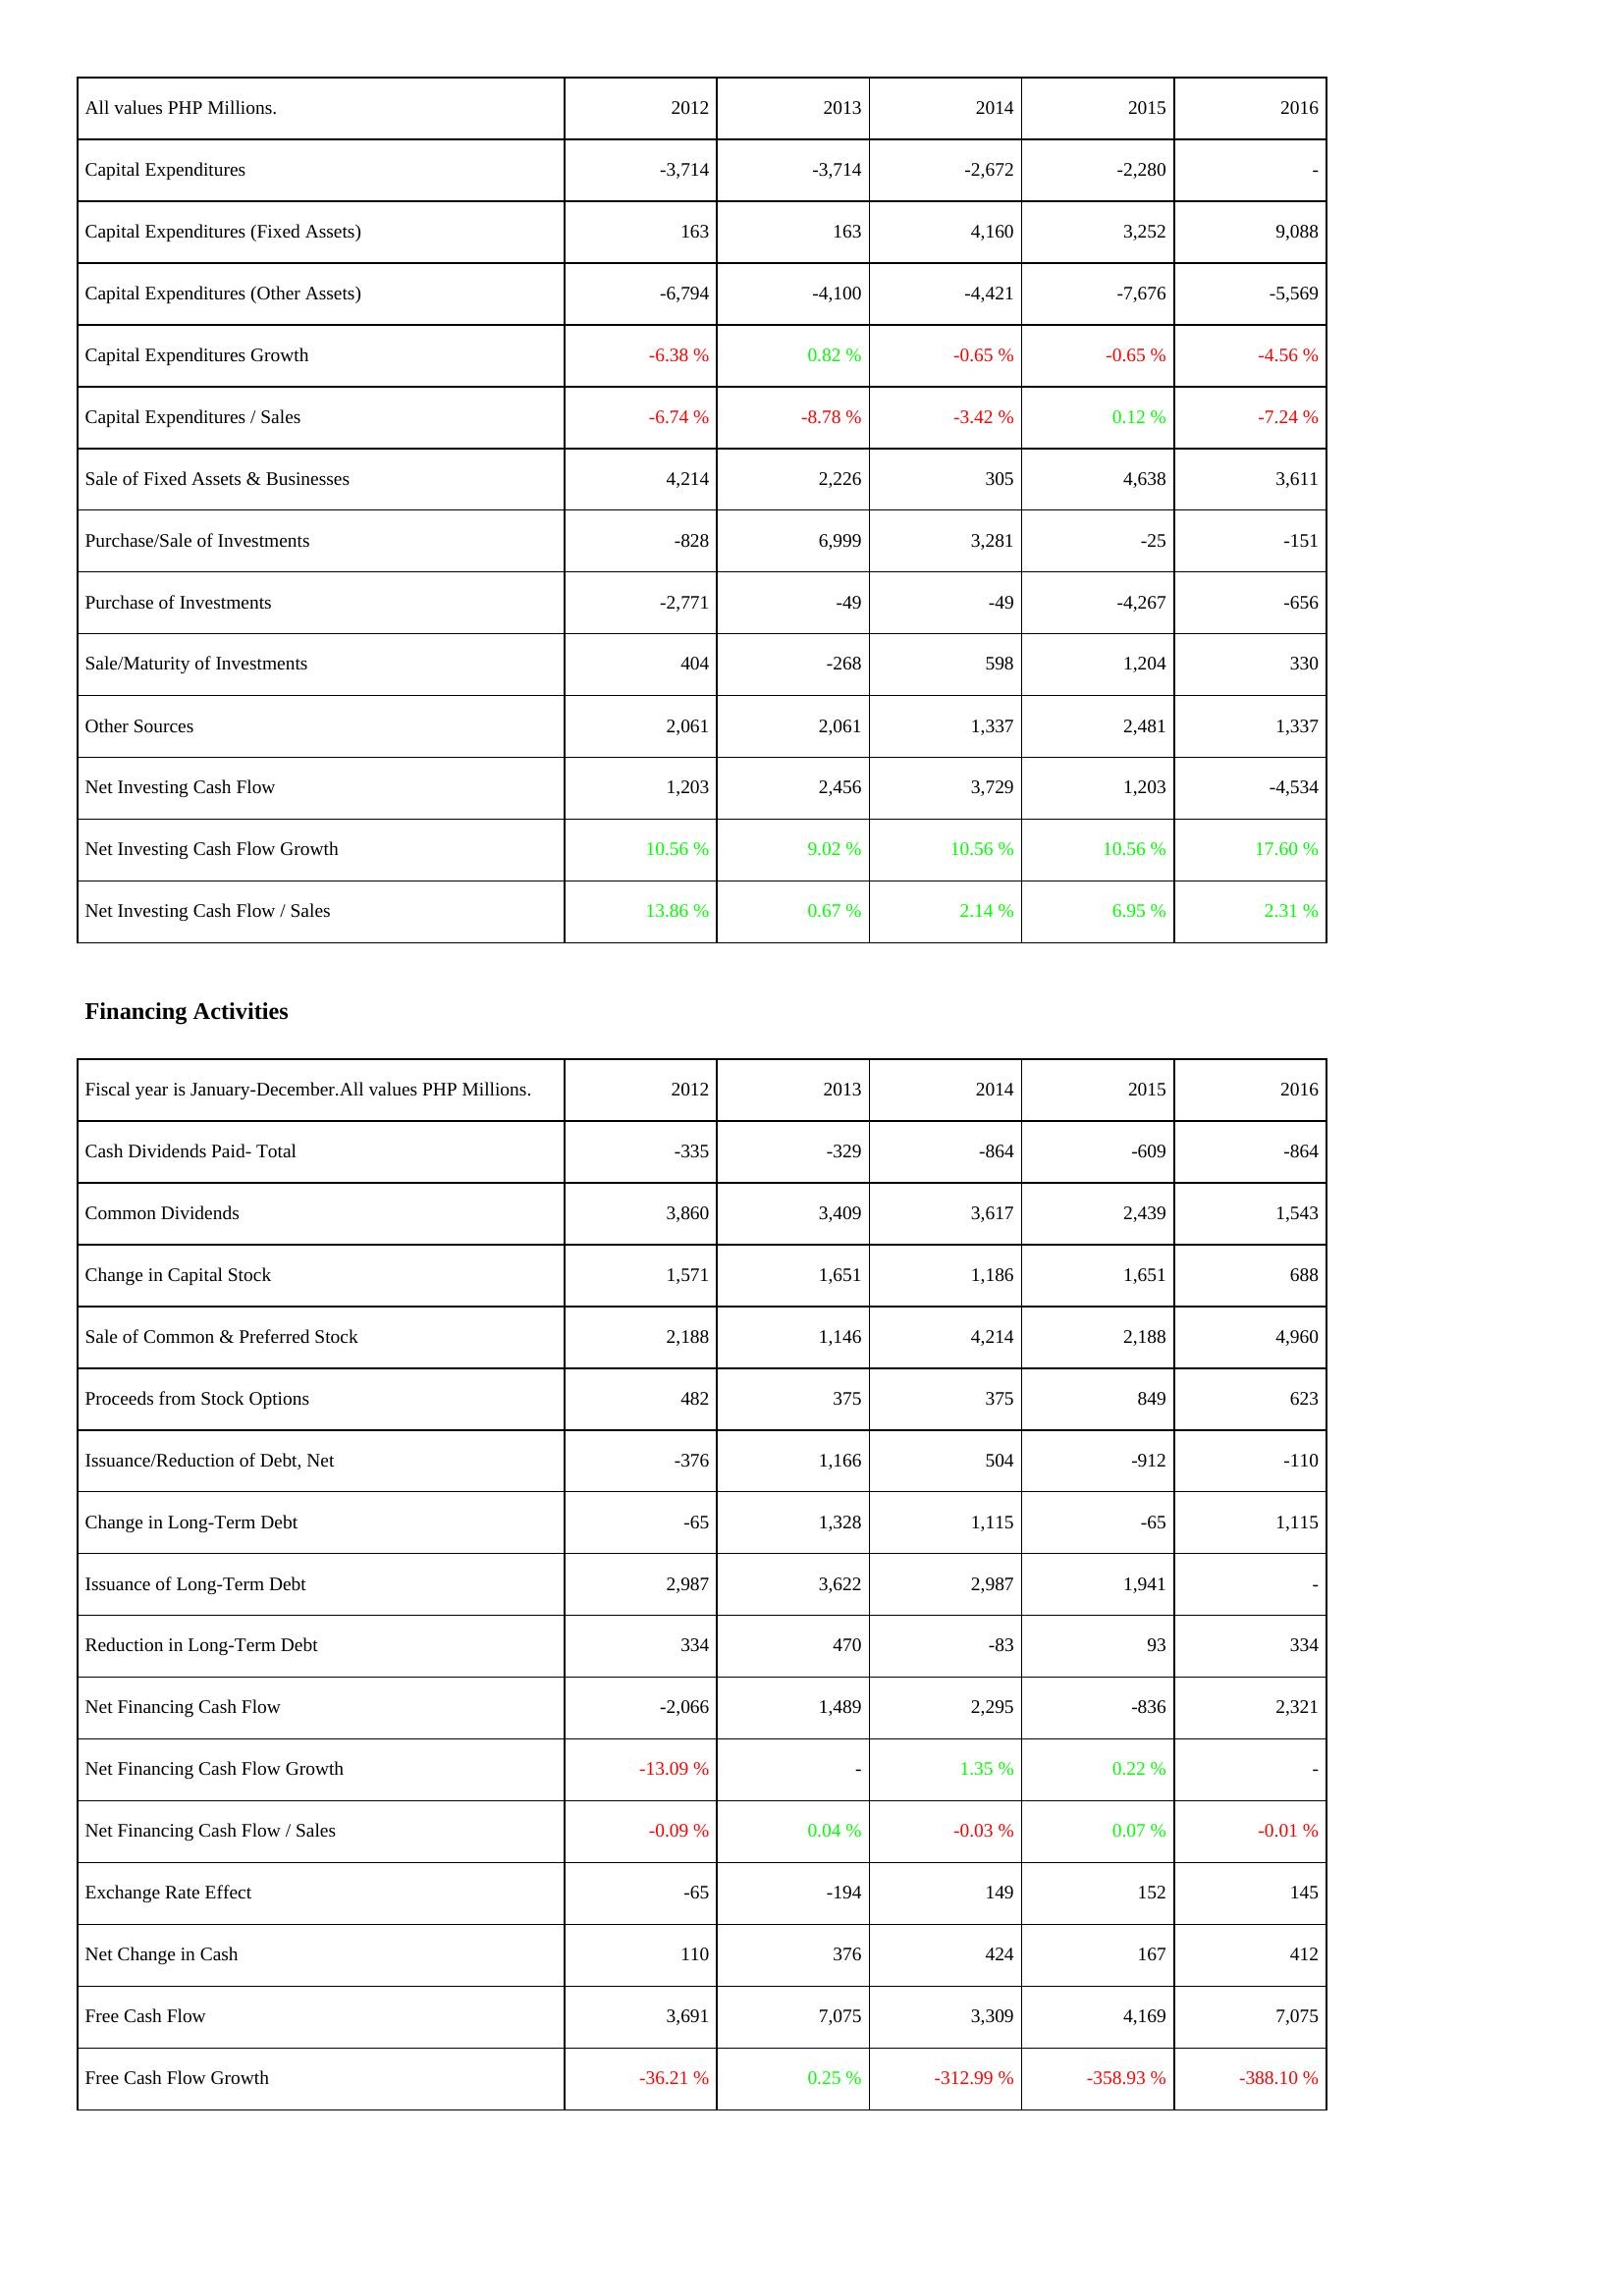
2012: Investing Activities: Capital Expenditures: -3,714
Capital Expenditures (Fixed Assets): 163
Capital Expenditures (Other Assets): -6,794
Capital Expenditures Growth: -6.38 %
Capital Expenditures / Sales: -6.74 %
Sale of Fixed Assets & Businesses: 4,214
Purchase/Sale of Investments: -828
Purchase of Investments: -2,771
Sale/Maturity of Investments: 404
Other Sources: 2,061
Net Investing Cash Flow: 1,203
Net Investing Cash Flow Growth: 10.56 %
Net Investing Cash Flow / Sales: 13.86 %
Financing Activities: Cash Dividends Paid- Total: -335
Common Dividends: 3,860
Change in Capital Stock: 1,571
Sale of Common & Preferred Stock: 2,188
Proceeds from Stock Options: 482
Issuance/Reduction of Debt, Net: -376
Change in Long-Term Debt: -65
Issuance of Long-Term Debt: 2,987
Reduction in Long-Term Debt: 334
Net Financing Cash Flow: -2,066
Net Financing Cash Flow Growth: -13.09 %
Net Financing Cash Flow / Sales: -0.09 %
Exchange Rate Effect: -65
Net Change in Cash: 110
Free Cash Flow: 3,691
Free Cash Flow Growth: -36.21 %
2013: Investing Activities: Capital Expenditures: -3,714
Capital Expenditures (Fixed Assets): 163
Capital Expenditures (Other Assets): -4,100
Capital Expenditures Growth: 0.82 %
Capital Expenditures / Sales: -8.78 %
Sale of Fixed Assets & Businesses: 2,226
Purchase/Sale of Investments: 6,999
Purchase of Investments: -49
Sale/Maturity of Investments: -268
Other Sources: 2,061
Net Investing Cash Flow: 2,456
Net Investing Cash Flow Growth: 9.02 %
Net Investing Cash Flow / Sales: 0.67 %
Financing Activities: Cash Dividends Paid- Total: -329
Common Dividends: 3,409
Change in Capital Stock: 1,651
Sale of Common & Preferred Stock: 1,146
Proceeds from Stock Options: 375
Issuance/Reduction of Debt, Net: 1,166
Change in Long-Term Debt: 1,328
Issuance of Long-Term Debt: 3,622
Reduction in Long-Term Debt: 470
Net Financing Cash Flow: 1,489
Net Financing Cash Flow Growth: -
Net Financing Cash Flow / Sales: 0.04 %
Exchange Rate Effect: -194
Net Change in Cash: 376
Free Cash Flow: 7,075
Free Cash Flow Growth: 0.25 %
2014: Investing Activities: Capital Expenditures: -2,672
Capital Expenditures (Fixed Assets): 4,160
Capital Expenditures (Other Assets): -4,421
Capital Expenditures Growth: -0.65 %
Capital Expenditures / Sales: -3.42 %
Sale of Fixed Assets & Businesses: 305
Purchase/Sale of Investments: 3,281
Purchase of Investments: -49
Sale/Maturity of Investments: 598
Other Sources: 1,337
Net Investing Cash Flow: 3,729
Net Investing Cash Flow Growth: 10.56 %
Net Investing Cash Flow / Sales: 2.14 %
Financing Activities: Cash Dividends Paid- Total: -864
Common Dividends: 3,617
Change in Capital Stock: 1,186
Sale of Common & Preferred Stock: 4,214
Proceeds from Stock Options: 375
Issuance/Reduction of Debt, Net: 504
Change in Long-Term Debt: 1,115
Issuance of Long-Term Debt: 2,987
Reduction in Long-Term Debt: -83
Net Financing Cash Flow: 2,295
Net Financing Cash Flow Growth: 1.35 %
Net Financing Cash Flow / Sales: -0.03 %
Exchange Rate Effect: 149
Net Change in Cash: 424
Free Cash Flow: 3,309
Free Cash Flow Growth: -312.99 %
2015: Investing Activities: Capital Expenditures: -2,280
Capital Expenditures (Fixed Assets): 3,252
Capital Expenditures (Other Assets): -7,676
Capital Expenditures Growth: -0.65 %
Capital Expenditures / Sales: 0.12 %
Sale of Fixed Assets & Businesses: 4,638
Purchase/Sale of Investments: -25
Purchase of Investments: -4,267
Sale/Maturity of Investments: 1,204
Other Sources: 2,481
Net Investing Cash Flow: 1,203
Net Investing Cash Flow Growth: 10.56 %
Net Investing Cash Flow / Sales: 6.95 %
Financing Activities: Cash Dividends Paid- Total: -609
Common Dividends: 2,439
Change in Capital Stock: 1,651
Sale of Common & Preferred Stock: 2,188
Proceeds from Stock Options: 849
Issuance/Reduction of Debt, Net: -912
Change in Long-Term Debt: -65
Issuance of Long-Term Debt: 1,941
Reduction in Long-Term Debt: 93
Net Financing Cash Flow: -836
Net Financing Cash Flow Growth: 0.22 %
Net Financing Cash Flow / Sales: 0.07 %
Exchange Rate Effect: 152
Net Change in Cash: 167
Free Cash Flow: 4,169
Free Cash Flow Growth: -358.93 %
2016: Investing Activities: Capital Expenditures: -
Capital Expenditures (Fixed Assets): 9,088
Capital Expenditures (Other Assets): -5,569
Capital Expenditures Growth: -4.56 %
Capital Expenditures / Sales: -7.24 %
Sale of Fixed Assets & Businesses: 3,611
Purchase/Sale of Investments: -151
Purchase of Investments: -656
Sale/Maturity of Investments: 330
Other Sources: 1,337
Net Investing Cash Flow: -4,534
Net Investing Cash Flow Growth: 17.60 %
Net Investing Cash Flow / Sales: 2.31 %
Financing Activities: Cash Dividends Paid- Total: -864
Common Dividends: 1,543
Change in Capital Stock: 688
Sale of Common & Preferred Stock: 4,960
Proceeds from Stock Options: 623
Issuance/Reduction of Debt, Net: -110
Change in Long-Term Debt: 1,115
Issuance of Long-Term Debt: -
Reduction in Long-Term Debt: 334
Net Financing Cash Flow: 2,321
Net Financing Cash Flow Growth: -
Net Financing Cash Flow / Sales: -0.01 %
Exchange Rate Effect: 145
Net Change in Cash: 412
Free Cash Flow: 7,075
Free Cash Flow Growth: -388.10 %